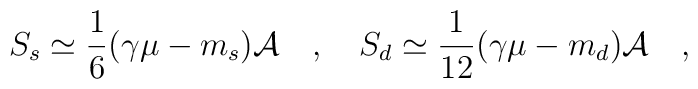
S_s \simeq {1 \over 6}(\gamma\mu -m_s) {\cal A}~~~,~~~S_d \simeq {1 \over 12}(\gamma\mu -m_d) {\cal A}~~~,